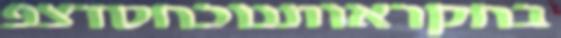
בחקראותנוכחסדצפ